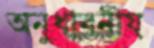
অনুধাবনীয়